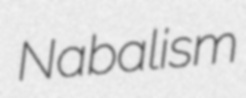
Nabalism